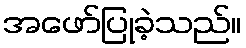
အဖော်ပြုခဲ့သည်။